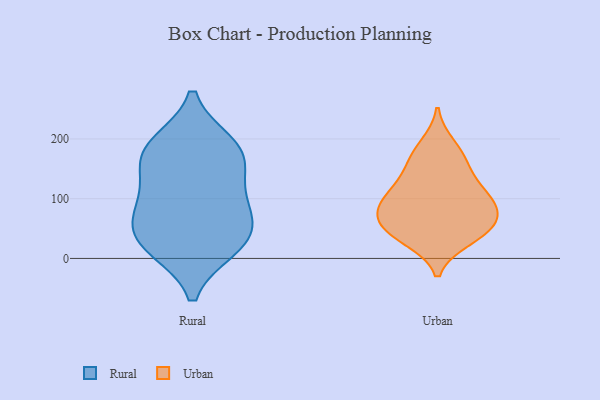
{"axis": {"x": "Net Income (USD K)", "y": "Value"}, "legend": ["Rural", "Urban"], "data": [{"x": "", "y": 21, "type": "Rural"}, {"x": "", "y": 99, "type": "Rural"}, {"x": "", "y": 167, "type": "Rural"}, {"x": "", "y": 66, "type": "Rural"}, {"x": "", "y": 60, "type": "Rural"}, {"x": "", "y": 18, "type": "Rural"}, {"x": "", "y": 166, "type": "Rural"}, {"x": "", "y": 187, "type": "Rural"}, {"x": "", "y": 191, "type": "Rural"}, {"x": "", "y": 31, "type": "Rural"}, {"x": "", "y": 112, "type": "Rural"}, {"x": "", "y": 164, "type": "Urban"}, {"x": "", "y": 38, "type": "Urban"}, {"x": "", "y": 123, "type": "Urban"}, {"x": "", "y": 111, "type": "Urban"}, {"x": "", "y": 48, "type": "Urban"}, {"x": "", "y": 32, "type": "Urban"}, {"x": "", "y": 84, "type": "Urban"}, {"x": "", "y": 89, "type": "Urban"}, {"x": "", "y": 190, "type": "Urban"}, {"x": "", "y": 71, "type": "Urban"}, {"x": "", "y": 160, "type": "Urban"}, {"x": "", "y": 72, "type": "Urban"}, {"x": "", "y": 108, "type": "Urban"}, {"x": "", "y": 50, "type": "Urban"}]}